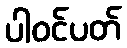
ပါဝင်ပတ်